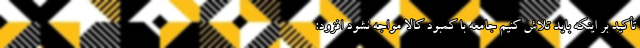
تأکید بر اینکه باید تلاش کنیم جامعه با کمبود کالا مواجه نشود افزود: